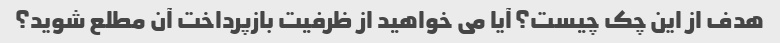
هدف از این چک چیست؟ آیا می خواهید از ظرفیت بازپرداخت آن مطلع شوید؟